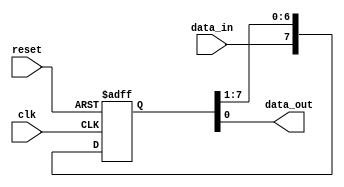
module siso_shift_register(
    input clk,
    input reset,
    input data_in,
    output reg data_out
);

reg [7:0] shift_reg;

always @(posedge clk or posedge reset) begin
    if(reset) begin
        shift_reg <= 8'b00000000;
    end else begin
        shift_reg <= {data_in, shift_reg[7:1]};
    end
end

assign data_out = shift_reg[0];

endmodule